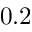
0 . 2